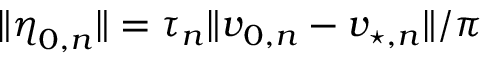
\lVert \boldsymbol { \eta } _ { 0 , n } \rVert = \tau _ { n } \lVert \boldsymbol { v } _ { 0 , n } - \boldsymbol { v } _ { \! \; \! \star , n } \rVert / \pi